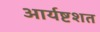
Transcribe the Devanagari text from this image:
आर्यष्टशत